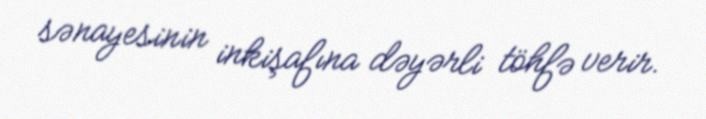
sənayesinin inkişafına dəyərli töhfə verir.